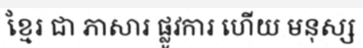
ខ្មែរ ជា ភាសារ ផ្លូវការ ហើយ មនុស្ស